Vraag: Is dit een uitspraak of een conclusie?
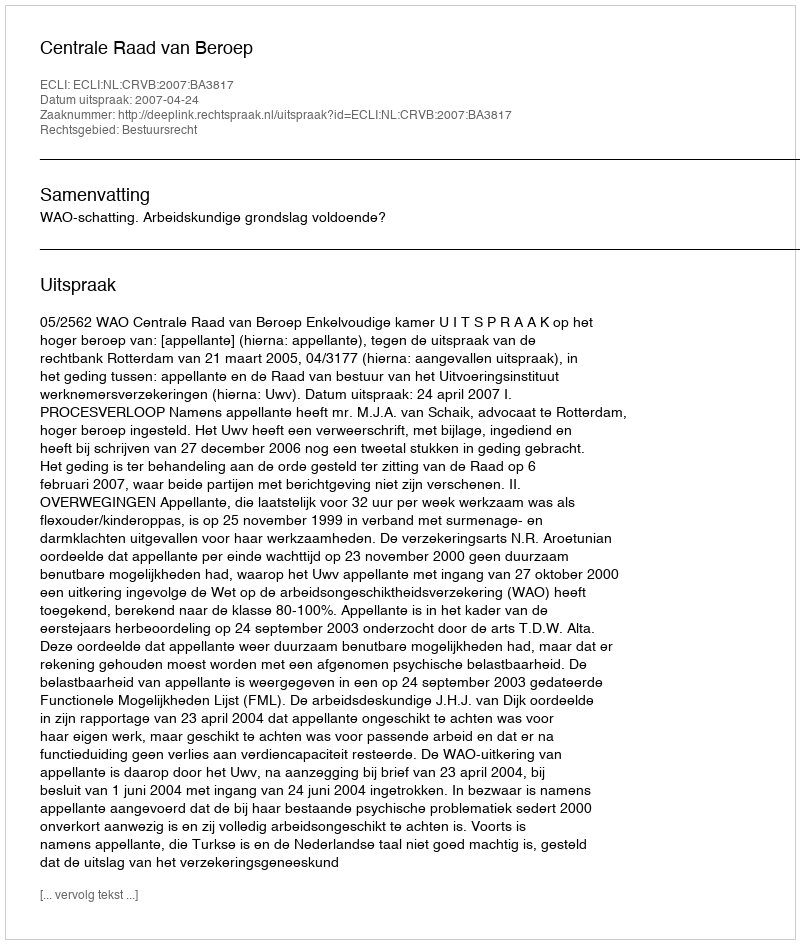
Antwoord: Uitspraak